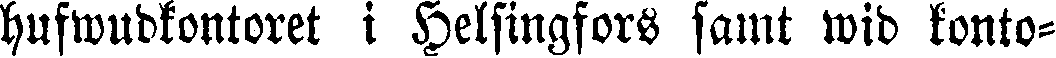
hufwudkontoret i Helsingfors samt wid konto-